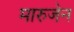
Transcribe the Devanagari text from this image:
मारुजेन